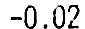
-0.02